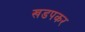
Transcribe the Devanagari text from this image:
खडपकर